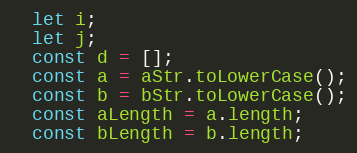
Language: JavaScript
  let i;
  let j;
  const d = [];
  const a = aStr.toLowerCase();
  const b = bStr.toLowerCase();
  const aLength = a.length;
  const bLength = b.length;